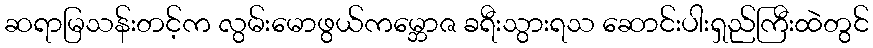
ဆရာမြသန်းတင့်က လွမ်းမောဖွယ်ကမ္ဘောဇ ခရီးသွားရသ ဆောင်းပါးရှည်ကြီးထဲတွင်